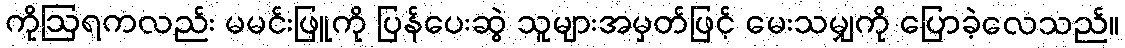
ကိုဩရကလည်း မမင်းဖြူကို ပြန်ပေးဆွဲ သူများအမှတ်ဖြင့် မေးသမျှကို ပြောခဲ့လေသည်။